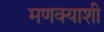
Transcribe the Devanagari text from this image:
मणक्याशी